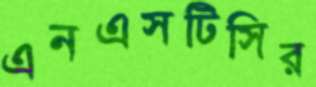
এনএসটিসির